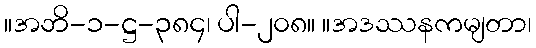
။အဘိ-၁-ဋ္ဌ-၃၈၄၊ ပါ-၂၀၈။ ။အဒဿနကမျတာ၊